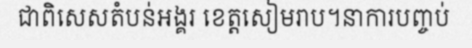
ជាពិសេសតំបន់អង្គរ ខេត្តសៀមរាប។នាការបញ្ចប់